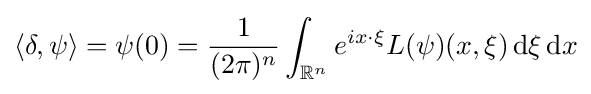
\langle \delta ,\psi \rangle =\psi (0)={\frac {1}{(2\pi )^{n}}}\int _{\mathbb {R} ^{n}}e^{ix\cdot \xi }L(\psi )(x,\xi )\,\mathrm {d} \xi \,\mathrm {d} x